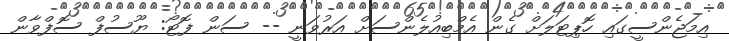
އިމަޖެންސީގައި ހޮޕިޓަލަށް ގެން އެމްބިއުލެންސަށް އަރުވަނީ -- ސަން ފޮޓޯ: ޔޫސުފް ސޮފްވާން